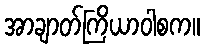
အာချာတ်ကြိယာဝါစက။